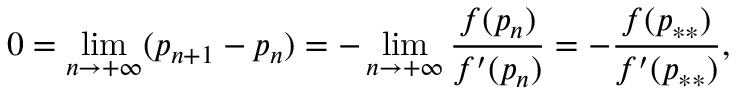
0 = \operatorname* { l i m } _ { n \to + \infty } ( p _ { n + 1 } - p _ { n } ) = - \operatorname* { l i m } _ { n \to + \infty } \frac { f ( p _ { n } ) } { f ^ { \prime } ( p _ { n } ) } = - \frac { f ( p _ { * * } ) } { f ^ { \prime } ( p _ { * * } ) } ,